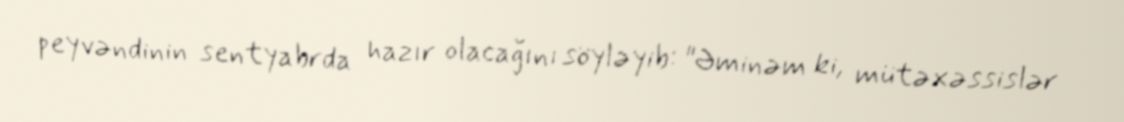
peyvəndinin sentyabrda hazır olacağını söyləyib: "Əminəm ki, mütəxəssislər